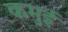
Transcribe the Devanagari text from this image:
कमुई